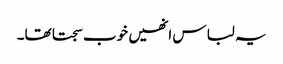
یہ لباس انھیں خوب سجتا تھا۔